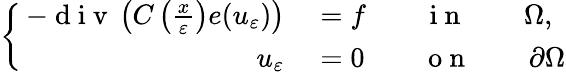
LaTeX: \left\{ \, \begin{array}{rl}{-\mathrm{~d~i~v~}\left(C\left(\frac{x}{\varepsilon}\right)e(u_{\varepsilon})\right)}&{{}=f\qquad\mathrm{~i~n~}\qquad\Omega,}\\ {u_{\varepsilon}}&{{}=0\qquad\mathrm{~o~n~}\qquad\partial\Omega}\end{array}\right.